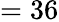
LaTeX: =36